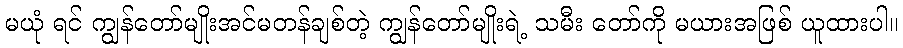
မယုံ ရင် ကျွန်တော်မျိုးအင်မတန်ချစ်တဲ့ ကျွန်တော်မျိုးရဲ့ သမီး တော်ကို မယားအဖြစ် ယူထားပါ။